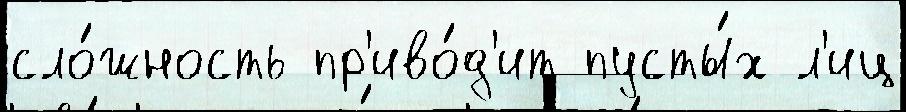
сло́жность пр'иво́д'ит пусты́х л'иц